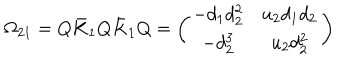
\Omega _ { 2 1 } = Q \bar { K } _ { 1 } Q \bar { K } _ { 1 } Q = \left( \begin{array} { c c } { { - d _ { 1 } d _ { 2 } ^ { 2 } } } & { { u _ { 2 } d _ { 1 } d _ { 2 } } } \\ { { - d _ { 2 } ^ { 3 } } } & { { u _ { 2 } d _ { 2 } ^ { 2 } } } \\ \end{array} \right)